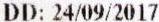
DD: 24/09/2017